Punjab Mental Hospital Lahore 1932-46 - 1932-1946
Year: 1932
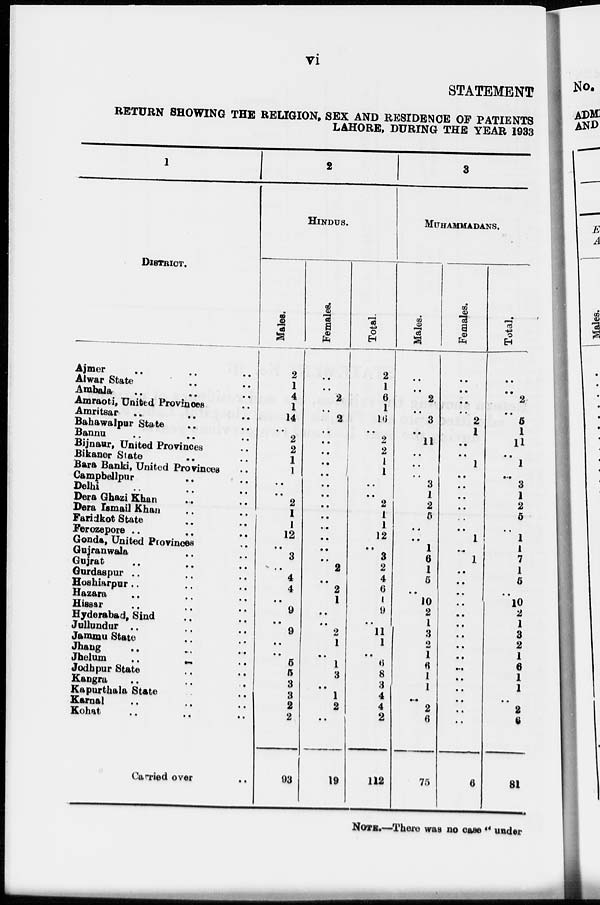
vi
STATEMENT
RETURN SHOWING THE RELIGION, SEX AND RESIDENCE OF PATIENTS
LAHORE, DURING THE YEAR 1933
1
DISTRICT.
Ajmer .. .. ..
Alwar State .. ..
Ambala .. .. ..
Amraoti, United Provinces ..
Amritsar .. .. ..
Bahawalpur State .. ..
Bannu
..
..
..
Bijnaur, United Provinces ..
Bikaner State .. ..
Bara Banki, United Provinces ..
Campbellpur
..
..
Delhi .. .. ..
Dera Ghazi Khan .. ..
Dera Ismail Khan .. ..
Faridkot State .. ..
Ferozepore .. .. ..
Gonda, United Provinces ..
Guiranwala .. ..
Gujrat .. .. ..
Gurdaspur .. .. ..
Hoshiarpur .. .. ..
Hazara
..
..
..
Hiassr .. .. ..
Hyderabad, Sind .. ..
Jullundur .. .. ..
Jammu State .. ..
Jhang .. .. ..
Jhelum
..
..
..
Jodbpur State .. ..
Kangra .. ..
Kapurthala State .. ..
Karnal .. .. ..
Kohat
..
..
..
Carried over
...
2
HINDUS.
Males.
2
1
4
1
14
..
2
2
1
1
..
..
2
1
1
12
..
3
..
4
4
..
9
..
9
..
..
5
5
3
3
2
2
93
Females.
..
..
2
..
2
..
..
..
..
..
..
..
..
..
..
..
..
..
2
..
2
1
..
..
2
1
..
1
3
..
1
2
..
19
Total.
2
1
6
1
16
..
2
2
1
1
..
..
2
1
1
12
..
3
2
4
6
1
9
..
11
1
..
6
8
3
4
4
2
112
3
MUHAMMADANS.
Males.
..
..
2
..
3
..
11
..
..
..
3
1
2
5
..
..
1
6
1
5
..
10
2
1
3
2
1
6
1
1
..
2
6
75
Females.
..
..
..
..
2
1
..
..
1
..
..
..
..
..
..
1
..
1
..
..
..
..
..
..
..
..
..
..
..
..
..
..
..
6
Total.
..
..
2
..
5
1
11
..
1
..
3
1
2
5
..
1
1
7
1
5
..
10
2
1
3
2
1
6
1
1
..
2
6
81
NOTE.—There was no case " under